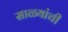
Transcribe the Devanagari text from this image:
साळ्यांची